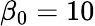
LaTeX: \beta_{0}=10